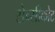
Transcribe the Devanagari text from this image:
सेन्सीकोट